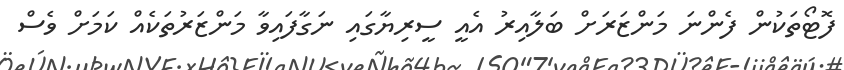
ފޮޓޯތަކުން ފެންނަ މަންޒަރަށް ބަލާއިރު އެއީ ސީރިޔާގައި ނަގާފައިވާ މަންޒަރުތަކެއް ކަމަށް ވެސް